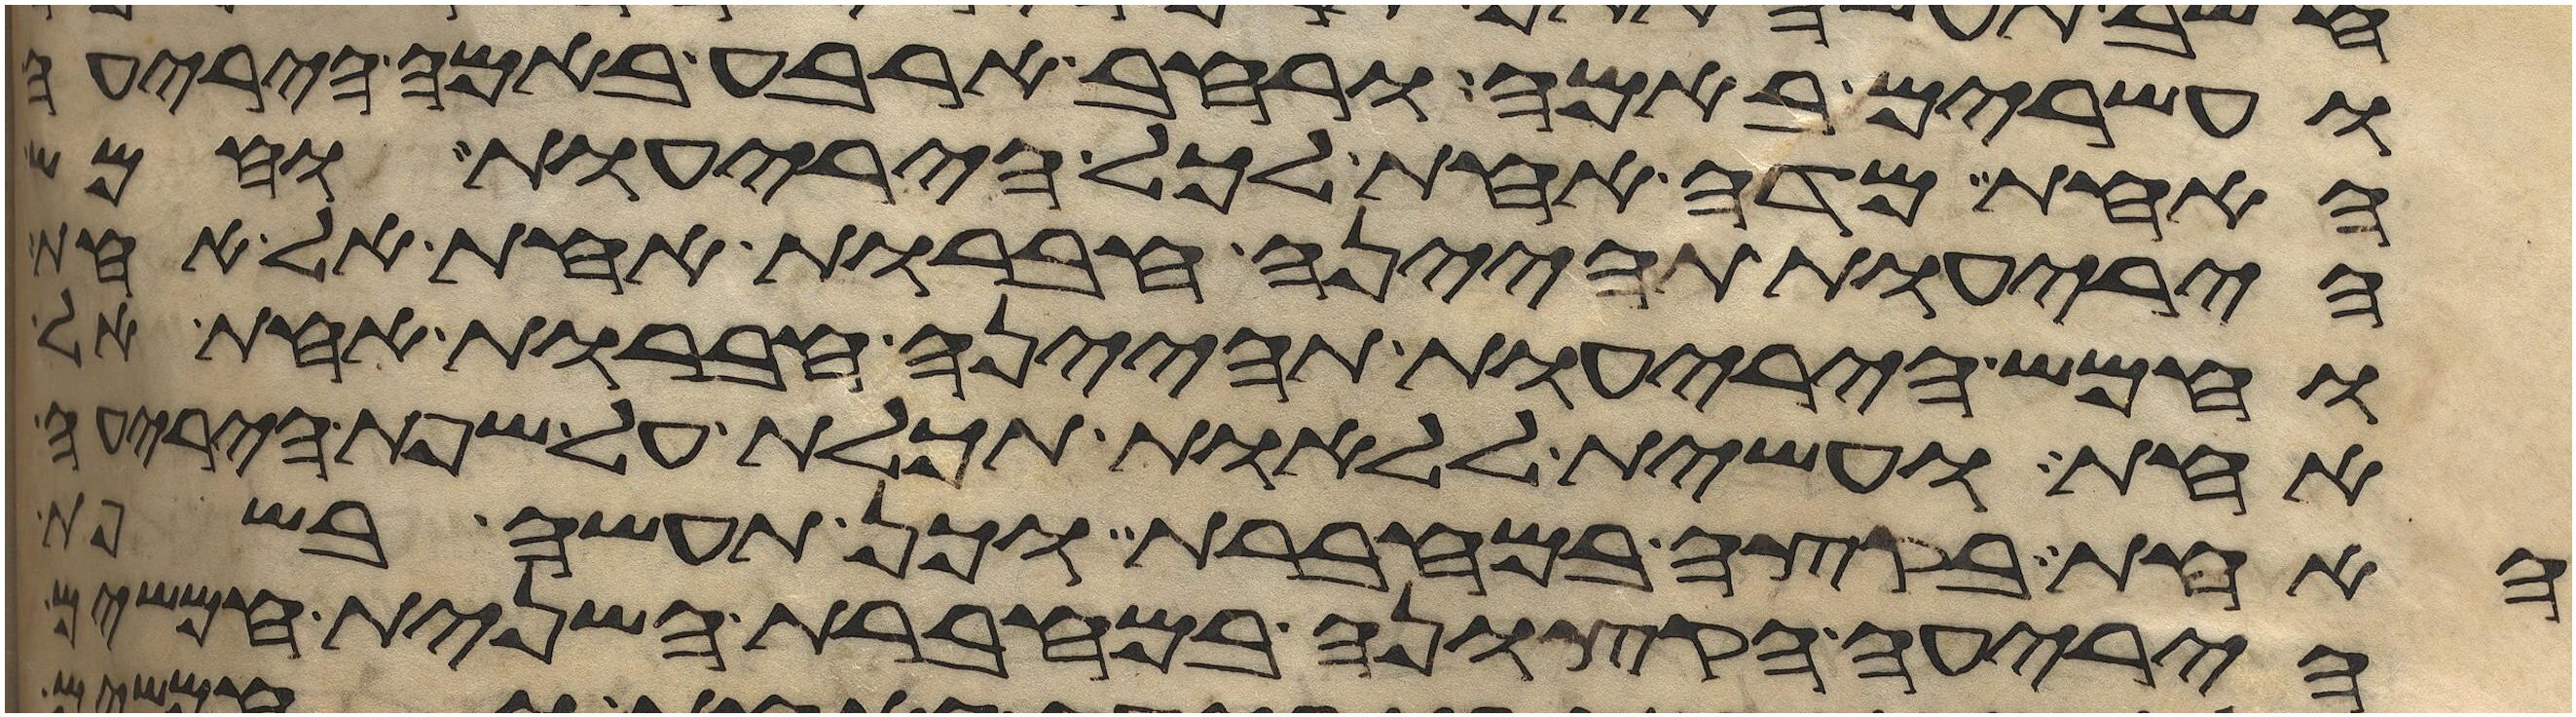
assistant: ועשרים באמה ורחב ארבע באמה היריעה
האחת מדה אחת לכל היריעות וחמש
היריעות תהינה חברות אחת אל אחת
וחמש היריעות תהינה חברות אחת אל
אחת ועשית ללאות תכלת על שפת היריעה
האחת בקצה במחברת וכן תעשה בשפת
היריעה הקצונה במחברת השנית חמשים